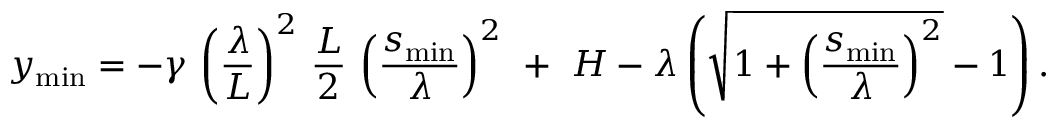
y _ { \mathrm { m i n } } = - \gamma ~ \! \left( \frac { \lambda } { L } \right) ^ { 2 } ~ \! \frac { L } { 2 } ~ \! \left( \frac { s _ { \mathrm { m i n } } } { \lambda } \right) ^ { 2 } ~ + ~ H - \lambda \left( \sqrt { 1 + \left( \frac { s _ { \operatorname* { m i n } } } { \lambda } \right) ^ { 2 } } - 1 \right) .